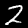
Digit: 2